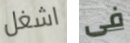
اشغل فى